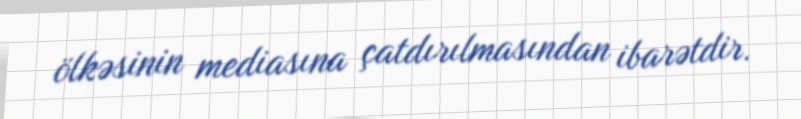
ölkəsinin mediasına çatdırılmasından ibarətdir.